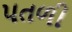
પતળી